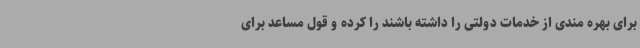
برای بهره مندی از خدمات دولتی را داشته باشند را کرده و قول مساعد برای